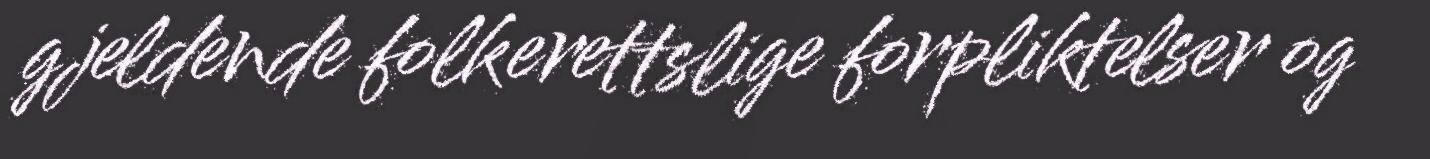
gjeldende folkerettslige forpliktelser og